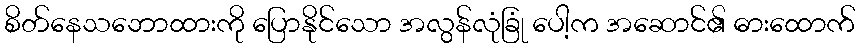
စိတ်နေသဘောထားကို ပြောနိုင်သော အလွန်လုံခြုံ ပေါ့က အဆောင်၏ ဓားထောက်